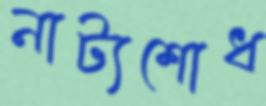
নাট্যশোধ